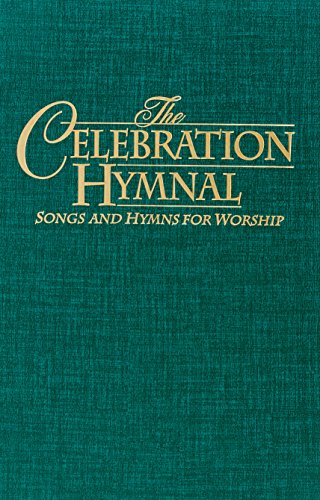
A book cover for Celebration Hymnal: Ultimate Tracks; Word Music; Christian Books & Bibles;